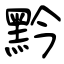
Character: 黔